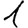
Digit: 1